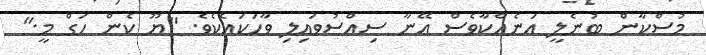
މުސްކާން ބުނެލީ އަނެއްކާވެސް އޭނާ ސިއްސުވައިލި ވާހަކައެކެވެ. "ޔޫ ކެން ހަގް މީ."